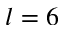
l = 6